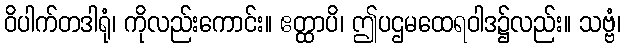
ဝိပါက်တဒါရုံ၊ ကိုလည်းကောင်း။ ဧတ္ထာပိ၊ ဤပဌမထေရဝါဒ၌လည်း။ သဗ္ဗံ၊